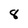
Character: 8